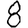
Digit: 8